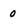
Character: 0